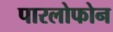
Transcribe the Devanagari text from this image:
पारलोफोन